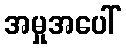
အမှုအပေါ်